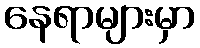
နေရာများမှာ